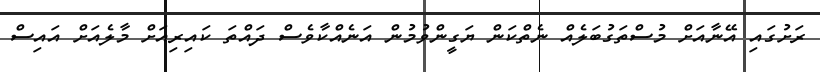
ރަށުގައި އޭނާއަށް މުސްތަގުބަލެއް ނެތްކަން ޔަގީންވުމުން އަނެއްކާވެސް ދައްތަ ކައިރިއަށް މާލެއަށް އައިސް